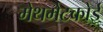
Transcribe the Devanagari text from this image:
मेथमेटकोई